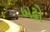
બઢો